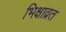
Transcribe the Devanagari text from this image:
भिक्षाव्रत